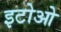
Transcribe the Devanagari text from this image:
इटोओ